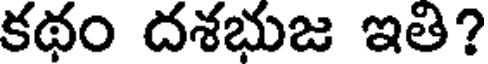
కథం దశభుజ ఇతి?